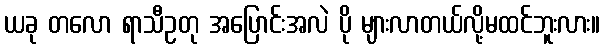
ယခု တလော ရာသီဥတု အပြောင်းအလဲ ပို များလာတယ်လို့မထင်ဘူးလား။